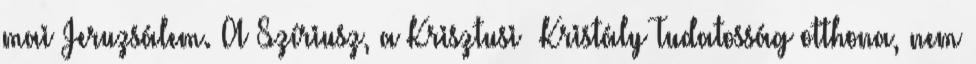
mai Jeruzsálem. A Szíriusz, a Krisztusi Kristály Tudatosság otthona, nem